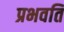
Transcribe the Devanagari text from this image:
प्रभवति